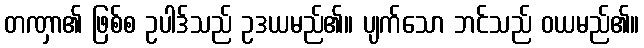
တဏှာ၏ ဖြစ်စ ဥပါဒ်သည် ဥဒယမည်၏။ ပျက်သော ဘင်သည် ဝယမည်၏။